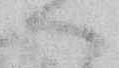
ハ